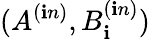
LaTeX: (A^{(\mathbf{i}n)},B_{\mathbf{i}}^{(\mathbf{i}n)})